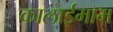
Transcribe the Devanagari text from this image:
कालाईमाम